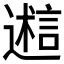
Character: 𬩋